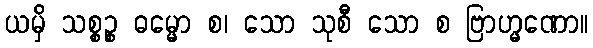
ယမှိ သစ္စဉ္စ ဓမ္မော စ၊ သော သုစီ သော စ ဗြာဟ္မဏော။